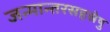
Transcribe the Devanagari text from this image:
जन्मान्तरसहस्रेषु